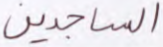
الساجدين